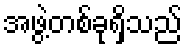
အဖွဲ့တစ်ခုရှိသည်